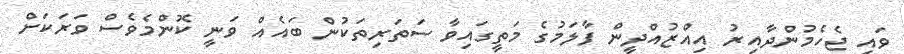
ވައި ޖެހެމުންދާއިރު އިއްޒުއްދީން ފާލަމުގެ މަތީގައިވާ ސަތަރިތަކުން ބައެއް ވަނީ ކޮންމެވެސް ވަރަކަށް